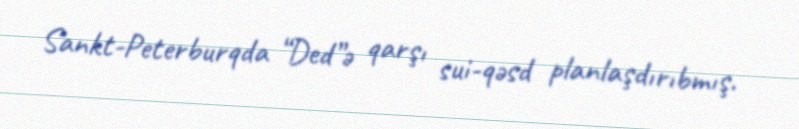
Sankt-Peterburqda “Ded”ə qarşı sui-qəsd planlaşdırıbmış.